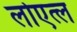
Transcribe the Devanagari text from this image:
लोएत्ल